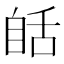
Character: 𦧗